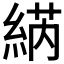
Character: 𱹷